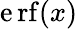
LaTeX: \operatorname{\mathrm{e}rf}(x)